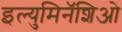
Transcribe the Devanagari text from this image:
इल्युमिनॅशिओ